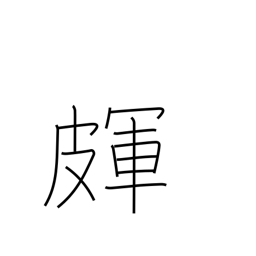
Meaning: skin cracks or roughness